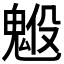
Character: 𩳇